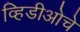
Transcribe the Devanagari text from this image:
व्हिडीओचे